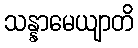
သန္နာမေယျာတိ